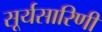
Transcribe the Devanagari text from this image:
सूर्यसारिणी